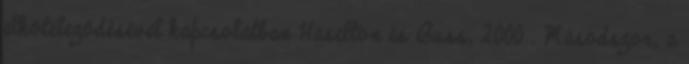
elköteleződésével kapcsolatban Haselton és Buss, 2000 . Másodszor, a